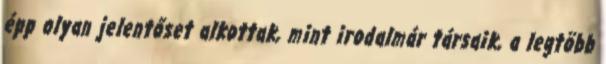
épp olyan jelentőset alkottak, mint irodalmár társaik, a legtöbb